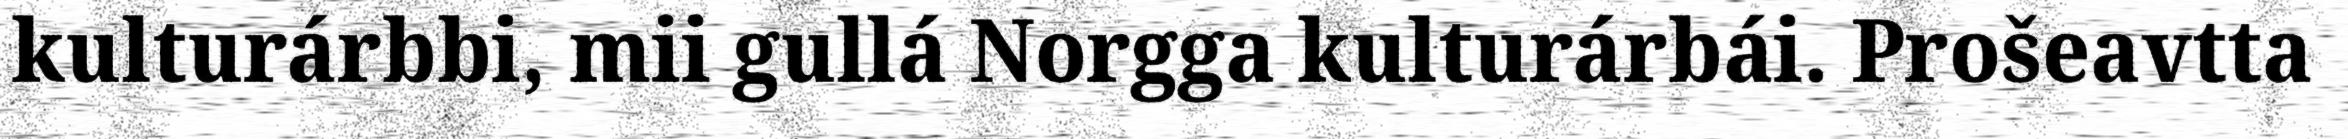
kulturárbbi, mii gullá Norgga kulturárbái. Prošeavtta